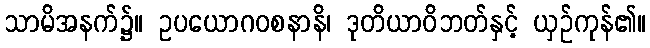
သာမိအနက်၌။ ဥပယောဂဝစနာနိ၊ ဒုတိယာဝိဘတ်နှင့် ယှဉ်ကုန်၏။